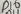
Text: D10